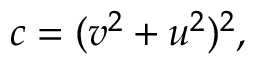
c = ( v ^ { 2 } + u ^ { 2 } ) ^ { 2 } ,